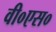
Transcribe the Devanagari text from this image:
वी०एस०